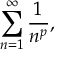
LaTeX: \sum _ { n = 1 } ^ { \infty } { \frac { 1 } { n ^ { p } } } ,